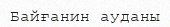
Байғанин ауданы